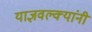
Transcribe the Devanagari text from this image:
याज्ञवल्क्यांनी